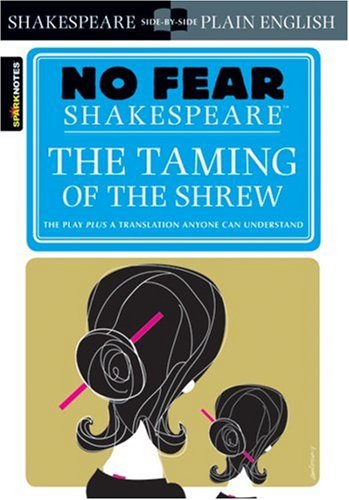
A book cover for The Taming of the Shrew (No Fear Shakespeare); SparkNotes; Literature & Fiction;